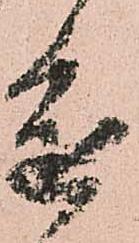
進